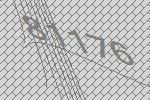
81176